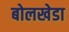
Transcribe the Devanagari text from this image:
बोलखेडा